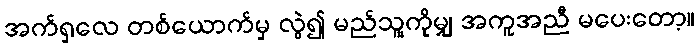
အက်ရှလေ တစ်ယောက်မှ လွဲ၍ မည်သူ့ကိုမျှ အကူအညီ မပေးတော့။